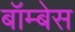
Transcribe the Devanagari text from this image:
बॉम्बेस